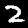
Digit: 2